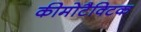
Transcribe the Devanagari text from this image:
कीमोटैक्टिक